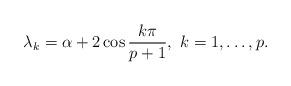
LaTeX: \begin{align*}\lambda_k=\alpha+2\cos\frac{k\pi}{p+1},\ k=1,\dots,p.\end{align*}